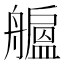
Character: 𦪯